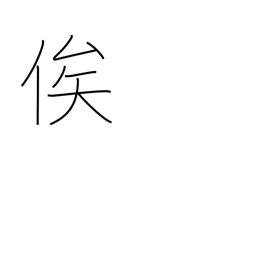
Meaning: depend on